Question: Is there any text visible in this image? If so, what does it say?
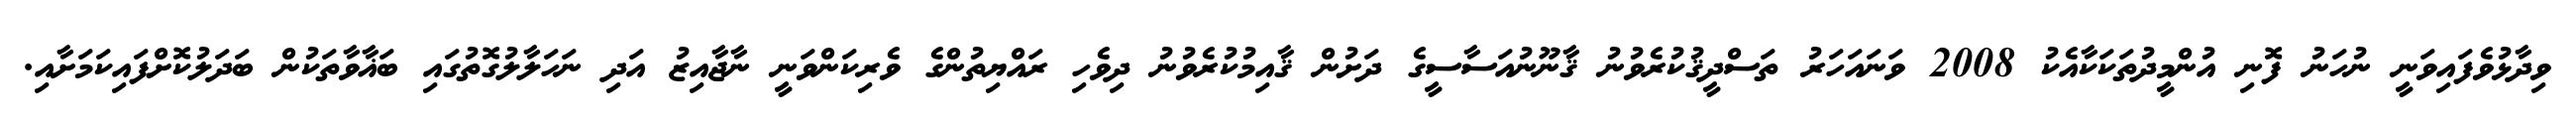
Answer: ވިދާޅުވެފައިވަނީ ނުހަނު ފޮނި އުންމީދުތަކަކާއެކު 2008 ވަނައަހަރު ތަސްދީޤުކުރެވުނު ޤާނޫނުއަސާސީގެ ދަށުން ޤާއިމުކުރެވުނު ދިވެހި ރައްޔިތުންގެ ވެރިކަންވަނީ ނާޖާއިޒު އަދި ނަހަލާލުގޮތުގައި ބަޣާވާތަކުން ބަދަލުކޮށްފައިކަމަށާއި.